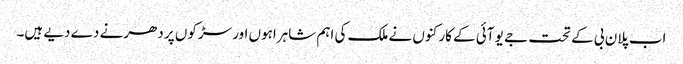
اب پلان بی کے تحت جے یو آئی کے کارکنوں نے ملک کی اہم شاہراہوں اور سڑکوں پر دھرنے دے دیے ہیں۔